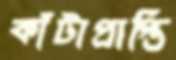
কাঁটাপ্রাপ্তি